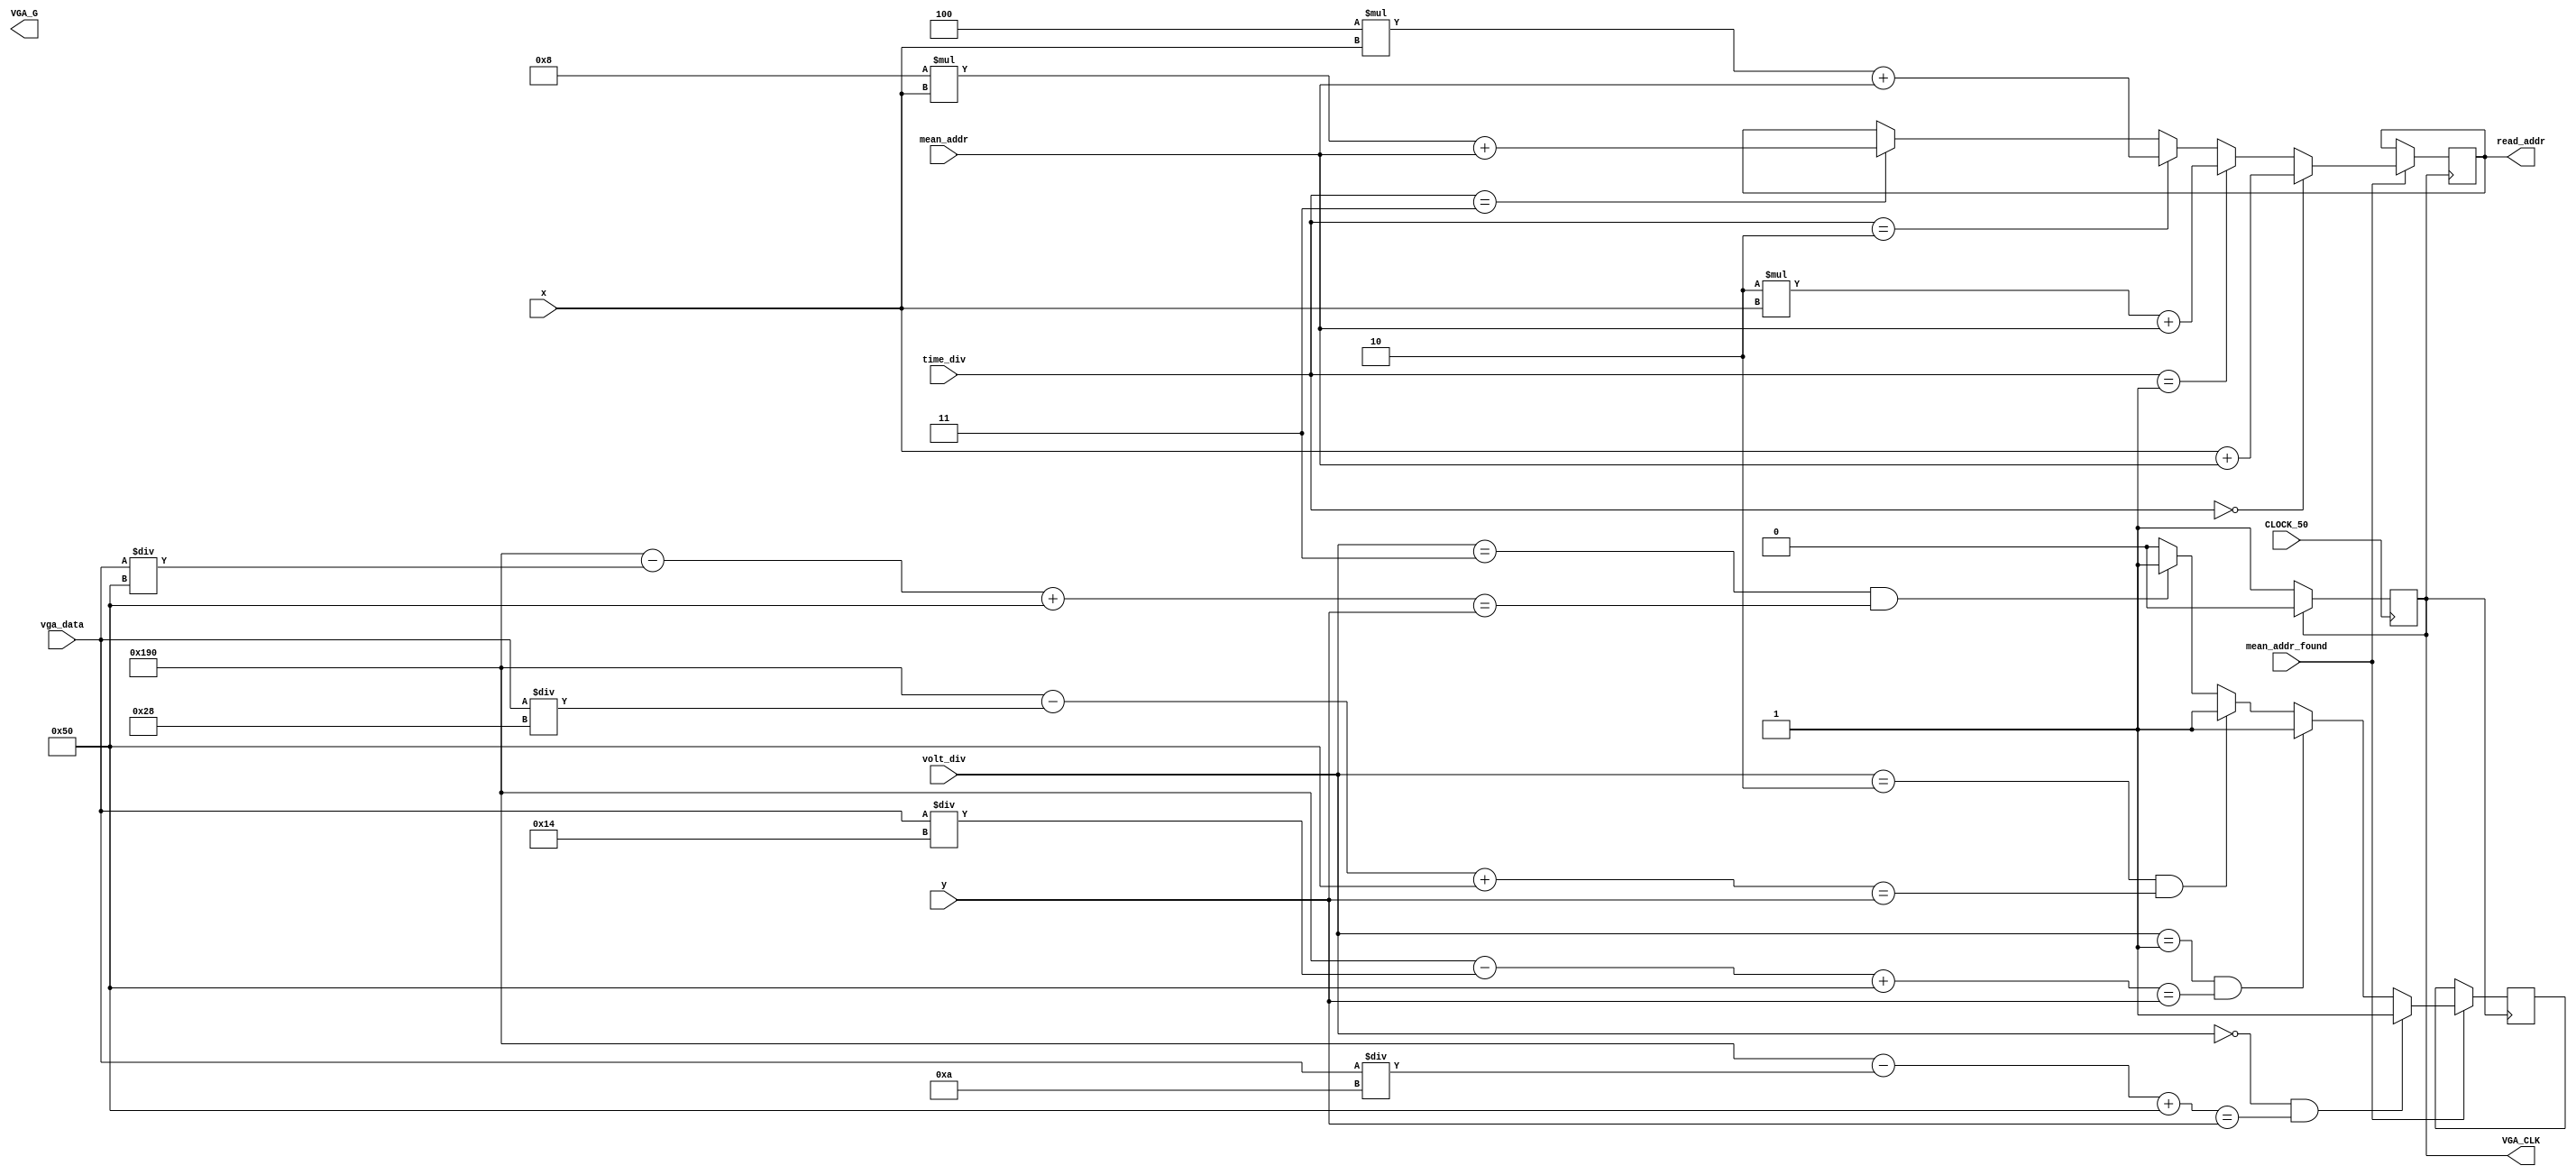
module vga(
    input CLOCK_50,        	   // FPGA clock: 50 MHz
    output wire [7:0] VGA_G,      // 8-bit VGA green output
	 input [1:0] time_div,        // Bunun bykl computationdaki ile ayn olmal.
	 input [1:0] volt_div,		   // Ayn ekilde	
	 output reg [15:0] read_addr, // connect read_addr of ram
	 input [11:0] vga_data,   
	 input [15:0] mean_addr,
	 input mean_addr_found,
	 input [9:0] x,     // current pixel x position: 10-bit value: 0-1023
	 input [8:0] y,     // current pixel y position:  9-bit value: 0-511
	 output reg VGA_CLK );   


   // generate a 25 MHz pixel strobe (from our 50MHz fpga clock) 
	always @(posedge CLOCK_50)
	if (VGA_CLK == 0)
		VGA_CLK <= 1;
	else
		VGA_CLK <= 0;
		
	// volt/div :
	// 8 div   =>   1div = 50pixel
	// 1pixel 10mv  500mV/div
	// 1pixel 20mV  1V
	// 1pixel 40mv  2V
	// 1pixel 80mV  4V
	
	// 40 - 640 (600)
	// 80 - 480 (400)
	
	// set time/div and volt/div	
	// 640 addresses in RAM are read in each line
	// that is, 640 addresses are read 480 times for each frame
	// For each frame, (640x480xT(25MHz)) = 0.0123 sec. passed 
	
	
	reg current_pixel;
	assign VGA_G[7] = current_pixel;
	
	always @(posedge VGA_CLK) begin
		if (mean_addr_found == 1) begin
			if(	  time_div == 0) read_addr <= x + mean_addr;
			else if(time_div == 1) read_addr <= 2*x + mean_addr;
			else if(time_div == 2) read_addr <= 4*x + mean_addr;
			else if(time_div == 3) read_addr <= 8*x + mean_addr;

			if(	  volt_div == 0 & (400 - vga_data/10 + 80) == y) current_pixel <= 1;
			else if(volt_div == 1 & (400 - vga_data/20 + 80) == y) current_pixel <= 1;
			else if(volt_div == 2 & (400 - vga_data/40 + 80) == y) current_pixel <= 1;
			else if(volt_div == 3 & (400 - vga_data/80 + 80) == y) current_pixel <= 1;	
			else current_pixel <= 0;
		end		
	end
	
endmodule